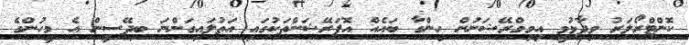
ކޮންޓްރޯލަރު ވިދާޅުވީ އިމިގްރޭޝަނުން ހިންގާ ބައެއް އޮޕަރޭޝަންތަކުގައި އަތުލައިގަންނަ ބިދޭސީން އެ މީހުންގެ